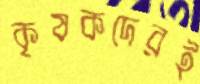
কৃষকদেরই